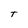
Character: T